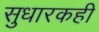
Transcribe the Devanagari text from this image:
सुधारकही